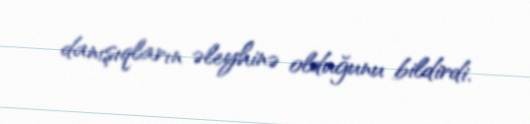
danışıqların əleyhinə olduğunu bildirdi.